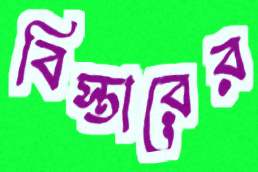
বিস্তারের